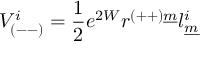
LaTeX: V _ { ( -- ) } ^ { i } = { \frac { 1 } { 2 } } e ^ { 2 W } r ^ { ( + + ) \underline { { { m } } } } l _ { \underline { { { m } } } } ^ { i }